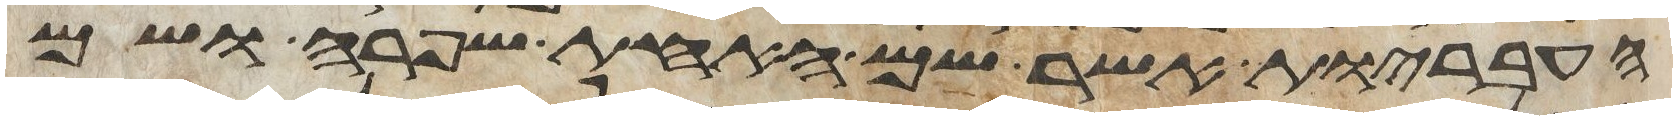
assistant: העבריות אשר שם האחת שפרה ושם